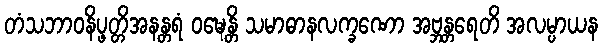
တံသဘာဝနိပ္ဖတ္တိအနန္တရံ ဝဍ္ဎေန္တိ သမာဓာနလက္ခဏော အဗ္ဘန္တရေတိ အလမ္ပာယန